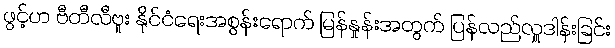
ဖွင့်ဟ ဗီတီလီဗူး နိုင်ငံရေးအစွန်းရောက် မြန်နှုန်းအတွက် ပြန်လည်လှူဒါန်းခြင်း